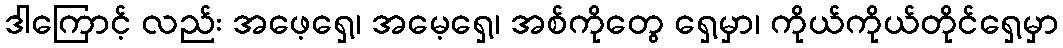
ဒါကြောင့် လည်း အဖေ့ရှေ့၊ အမေ့ရှေ့၊ အစ်ကိုတွေ ရှေ့မှာ၊ ကိုယ်ကိုယ်တိုင်ရှေ့မှာ